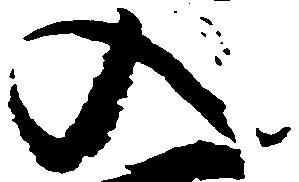
入